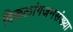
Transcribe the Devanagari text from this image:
विकलांगजनसंख्या